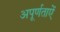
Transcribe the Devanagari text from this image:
अपूर्णताऐं